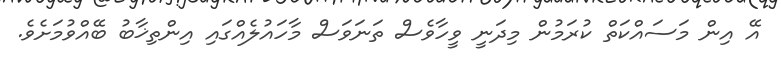
އޭ އިން މަސައްކަތް ކުރަމުން މިދަނީ ވީހާވެސް ތަނަވަސް މާހައުލެއްގައި އިންތިޚާބު ބޭއްވުމަށެވެ.